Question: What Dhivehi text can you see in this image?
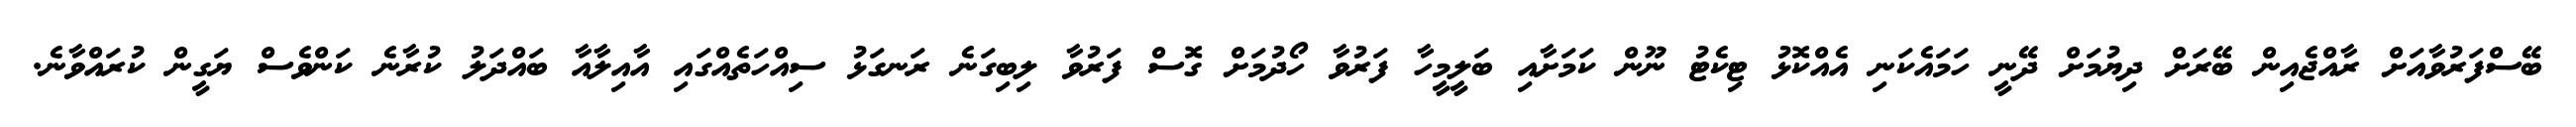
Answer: ބޭސްފަރުވާއަށް ރާއްޖެއިން ބޭރަށް ދިޔުމަށް ދޭނީ ހަމައެކަނި އެއްކޮޅު ޓިކެޓު ނޫން ކަމަށާއި ބަލީމީހާ ފަރުވާ ހޯދުމަށް ގޮސް ފަރުވާ ލިބިގަނެ ރަނގަޅު ސިއްހަތެއްގައި އާއިލާއާ ބައްދަލު ކުރާނެ ކަންވެސް ޔަގީން ކުރައްވާނެ.